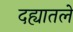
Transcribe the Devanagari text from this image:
दह्यातले